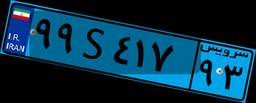
۹۹S۴۱۷۹۳